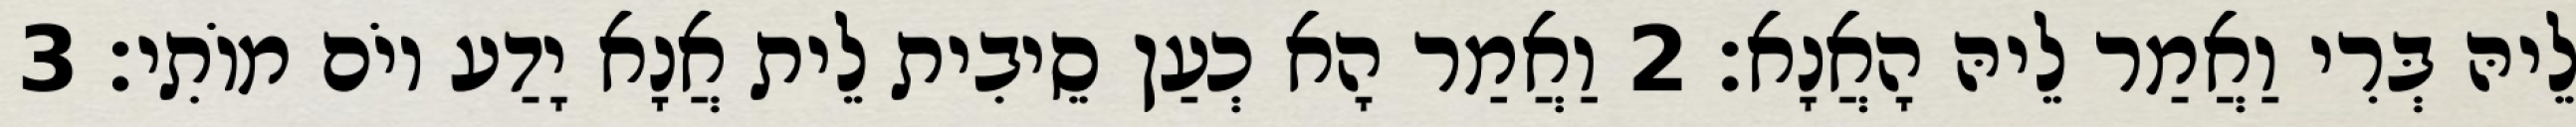
לֵיהּ בְּרִי וַאֲמַר לֵיהּ הָאֲנָא׃ 2 וַאֲמַר הָא כְעַן סֵיבִית לֵית אֲנָא יָדַע יוֹם מוֹתִי׃ 3